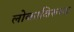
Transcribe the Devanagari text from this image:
लोकाविरुध्द